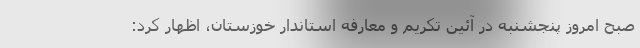
صبح امروز پنجشنبه در آئین تکریم و معارفه استاندار خوزستان، اظهار کرد: